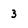
Character: 3